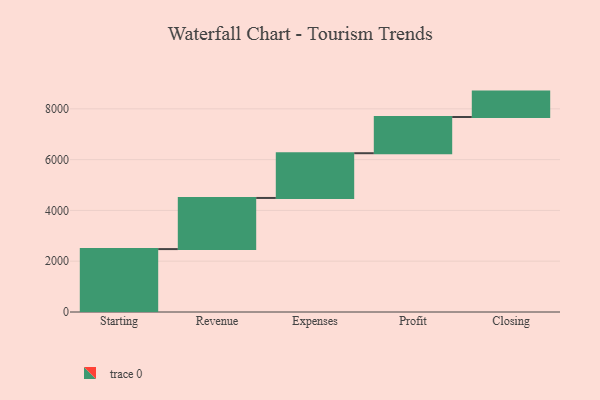
{"axis": {"x": "Step", "y": "Value"}, "legend": [""], "data": [{"x": "Starting", "y": 2477.0, "type": ""}, {"x": "Revenue", "y": 2013.0, "type": ""}, {"x": "Expenses", "y": 1762.0, "type": ""}, {"x": "Profit", "y": 1426.0, "type": ""}, {"x": "Closing", "y": 1000, "type": ""}]}